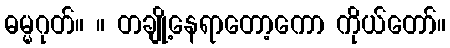
ဓမ္မဂုတ်။ ။ တချို့နေရာတော့ကော ကိုယ်တော်။